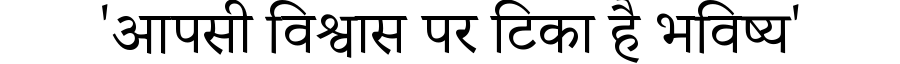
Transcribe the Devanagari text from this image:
'आपसी विश्वास पर टिका है भविष्य'